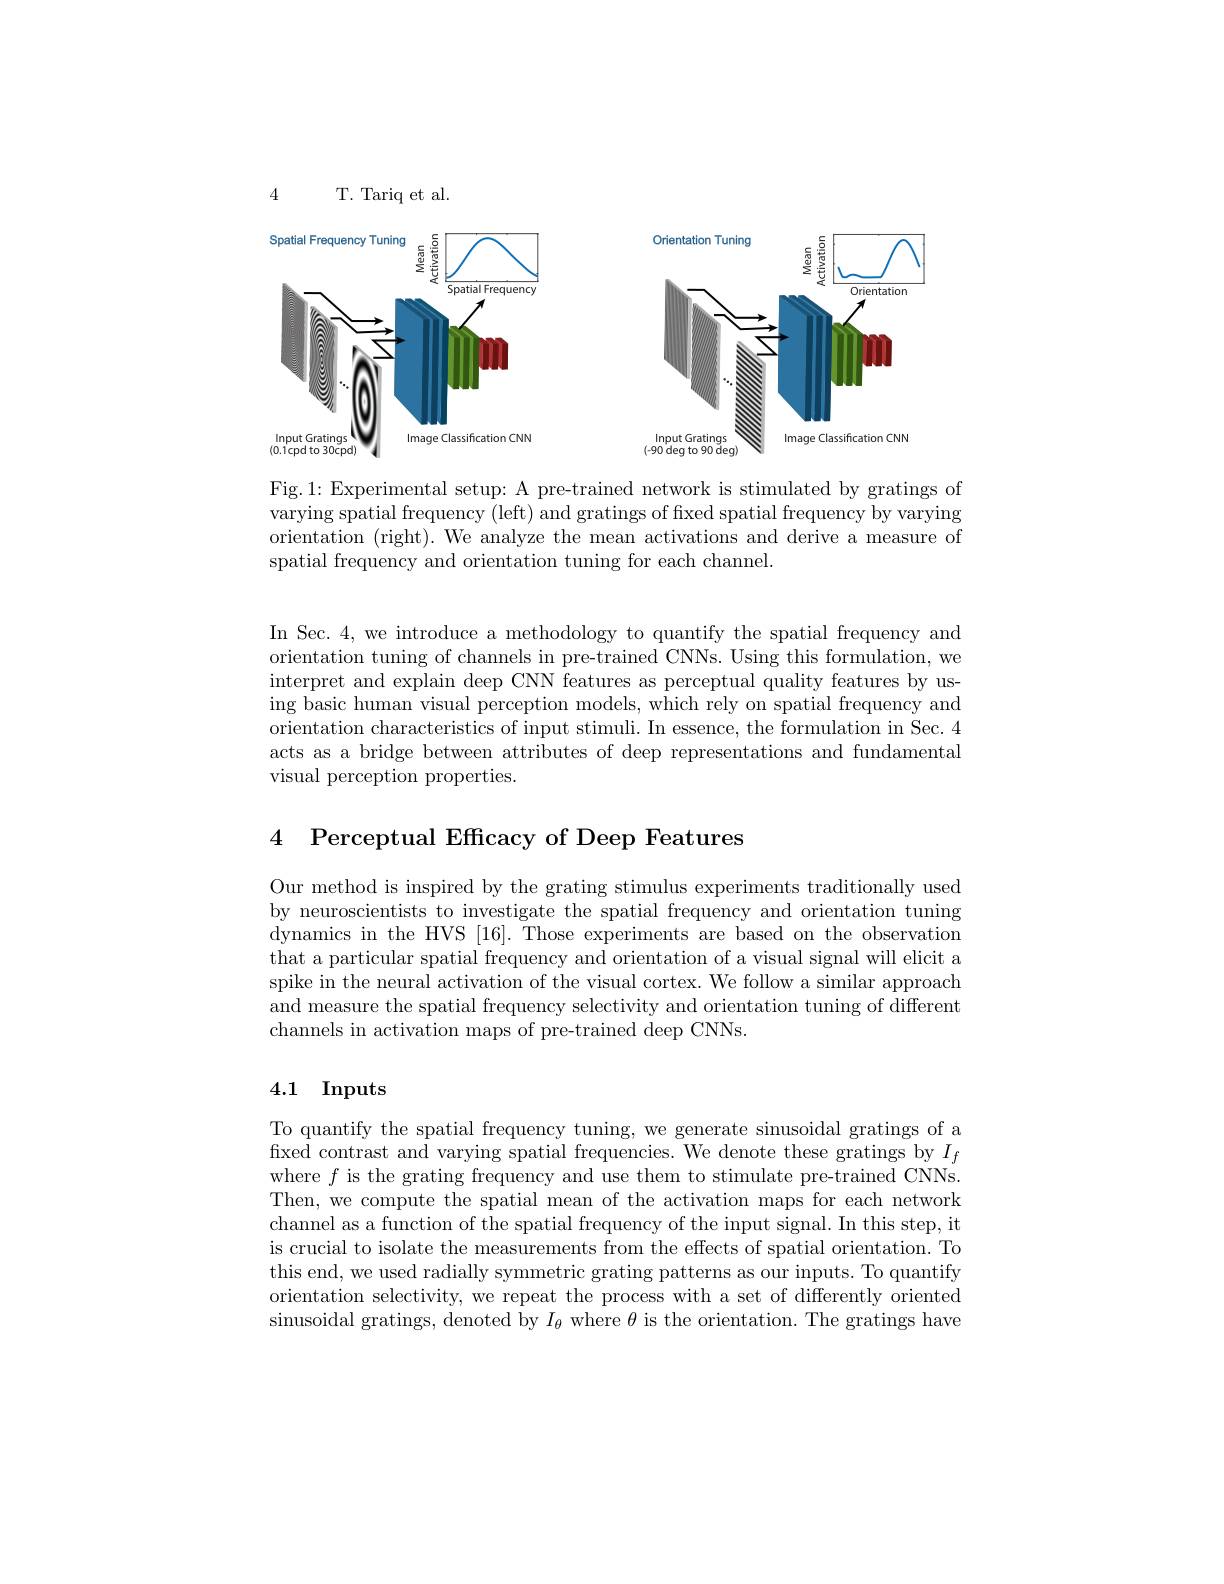
4

T. Tariq et al

<FigureHere>
(-90 deg to 90 deg

Fig.1: Experimental setup: A pre-trained network is stimulated by gratings of varying spatial frequency (left) and gratings of fxed spatial frequency by varying orientation (right). We analyze the mean activations and derive a measure of spatial frequency and orientation tuning for each channel.

In Sec. 4, we introduce a methodology to quantify the spatial frequency and orientation tuning of channels in pre-trained CNNs. Using this formulation, we interpret and explain deep CNN features as perceptual quality features by using basic human visual perception models, which rely on spatial frequency and orientation characteristics of input stimuli. In essence, the formulation in Sec. 4 acts as a bridge between attributes of deep representations and fundamental visual perception properties.

4 Perceptual Efficacy of Deep Features

Our method is inspired by the grating stimulus experiments traditionally used by neuroscientists to investigate the spatial frequency and orientation tuning dynamics in the HVS [16]. Those experiments are based on the observation that a particular spatial frequency and orientation of a visual signal will elicit a spike in the neural activation of the visual cortex. We follow a similar approach and measure the spatial frequency selectivity and orientation tuning of different channels in activation maps of pre-trained deep CNNs.

# 4.1 Inputs

To quantify the spatial frequency tuning, we generate sinusoidal gratings of a fixed contrast and varying spatial frequencies. We denote these gratings by $I_f$ where $f$ is the grating frequency and use them to stimulate pre-trained CNNs. Then, we compute the spatial mean of the activation maps for each network channel as a function of the spatial frequency of the input signal. In this step, it is crucial to isolate the measurements from the effects of spatial orientation. To this end, we used radially symmetric grating patterns as our inputs. To quantify orientation selectivity, we repeat the process with a set of differently oriented sinusoidal gratings, denoted by $I_\theta$ where $\theta$ is the orientation. The gratings have